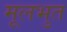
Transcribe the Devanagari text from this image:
मूलभुत